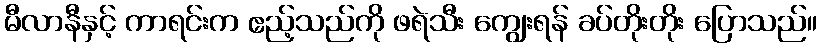
မီလာနီနှင့် ကာရင်းက ဧည့်သည်ကို ဖရဲသီး ကျွေးရန် ခပ်တိုးတိုး ပြောသည်။